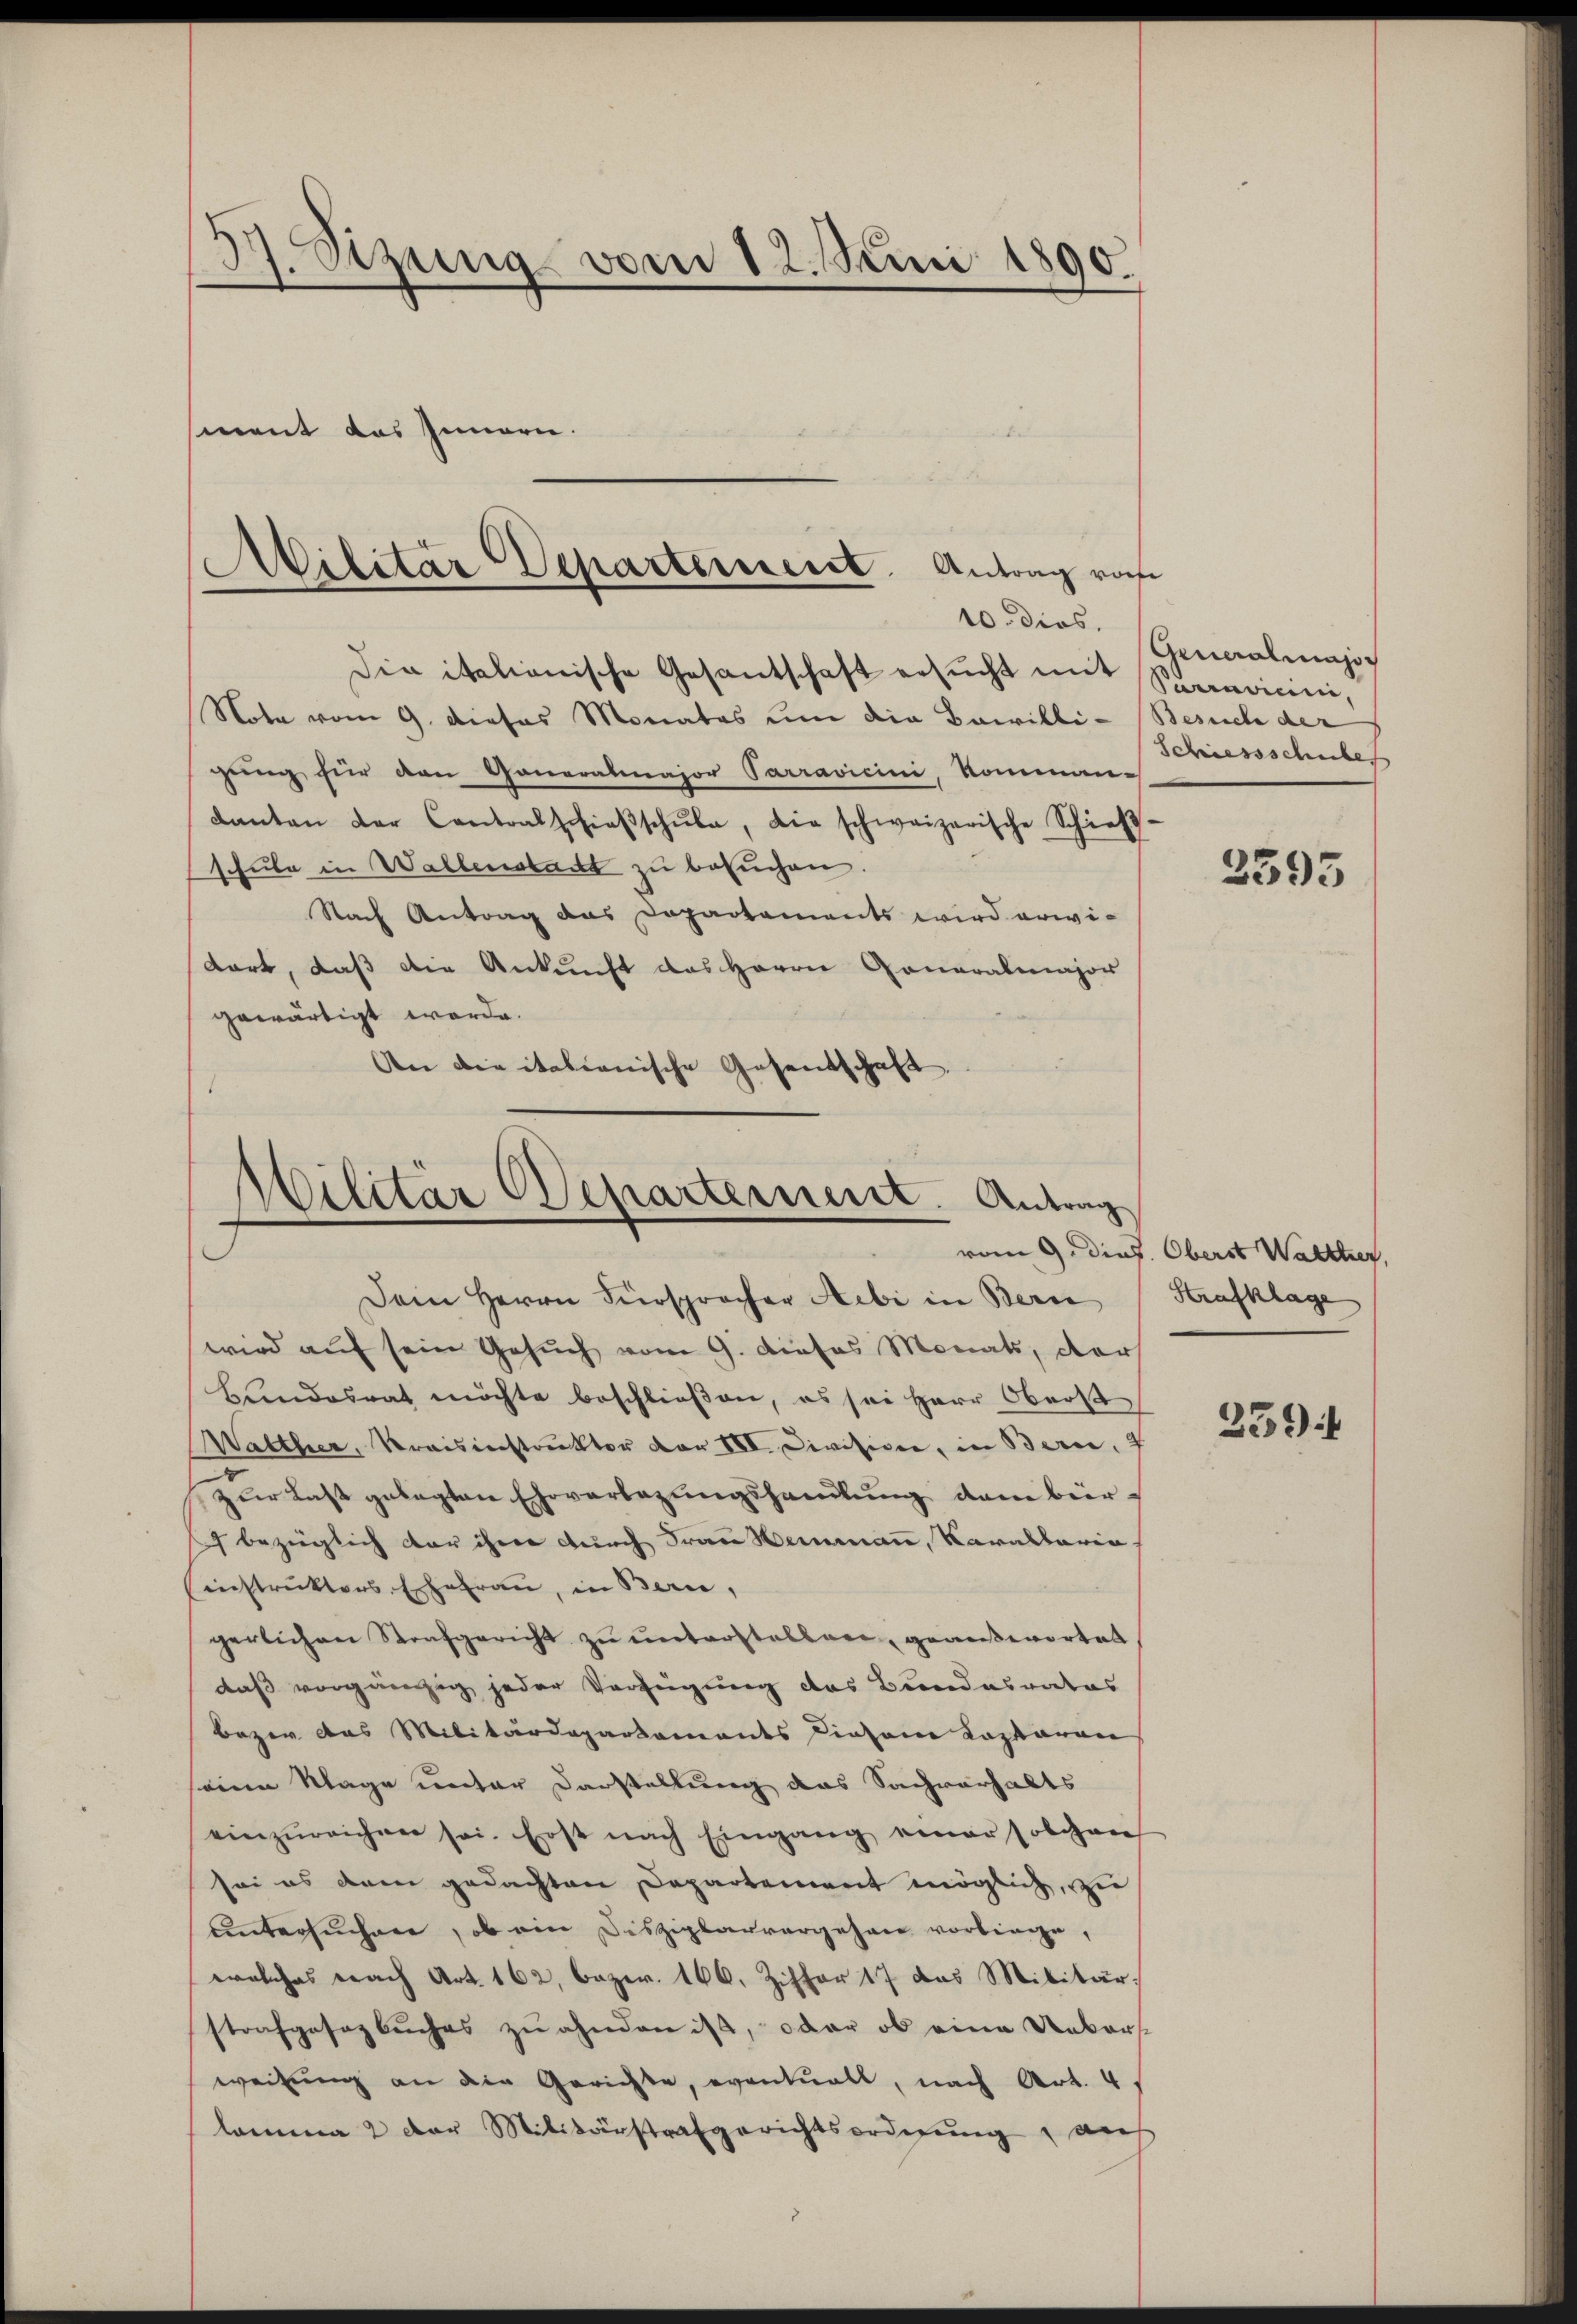
3. Sizung vom 12. Juni 1890.
ment das Innern.

10. dies
die italionische Gesantschaft ersŭcht mit Spendicini,
Nota vom 9. dieses Monates um die Bewilli-Besuch der
gung für den Generalmajor Parravicini, Komman¬
Kanton der Contralschieβschŭle, die schweizerische Schieβ-
schule in Wallensbacht zu besuchen.
Nach Antrag das Departements wird erwidort, daß die Ankunft das Herrn Gonaralmajor
gewärtigt werde.
An die italienische Gesandschaft

Militar Departernent Antrag rohe

Militär Departement. Antrag

Dein Herrn Fürspracher Hebi in Bern
wird auf sein Gesuch vom 9. dieses Monats, der
Bundesrat möchte beschließen, es sei Herr Oberst
Walther, Kraisinstruktor vor III. Divisione, in Bern, 7
zur Last gelegten Ehrverlegungshandlung dem bür¬
 bezüglich der ihre durch Frau Hemmann, Karallaria
instruktors Ehefrau, in Bern,
gerlichen Strafgericht zŭ ŭnterstellen, geantwortet
daß vorgängig jeder Verfügung des Bundesrates
bezer das Militärdepartements diesene Kaptoren
seine Klage unter Darstellung das Sachverhalts
einzŭreichen sei. Erst nach Eingang einer solchen
soi es dem gedachten Departement möglich, zu
untersuchere, ob ein Disziplarvergehen vorliege,
welches nach Art. 162, bezw. 160. Ziffer 17 das Militär.
strafgesezbuches zu ahnden ist, oder ob eine Uebersweisung an die Gerichte, eventuell, nach Art. 4.
lomma 2 der Militärstrafgerichtsordnung, auf

Generalmajor
Schiessschuber

2395

vom 9. dies. Oberst Waltter,
Strafklage

239